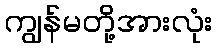
ကျွန်မတို့အားလုံး